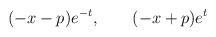
LaTeX: \begin{align*}(-x-p)e^{-t}, \qquad (-x+p)e^t \end{align*}